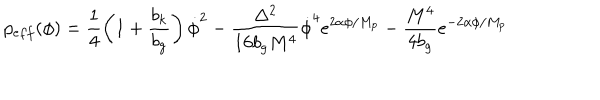
LaTeX: p _ { e f f } ( \phi ) = \frac { 1 } { 4 } \left( 1 + \frac { b _ { k } } { b _ { g } } \right) \dot { \phi } ^ { 2 } - \frac { \Delta ^ { 2 } } { 1 6 b _ { g } M ^ { 4 } } \dot { \phi } ^ { 4 } e ^ { 2 \alpha \phi / M _ { p } } - \frac { M ^ { 4 } } { 4 b _ { g } } e ^ { - 2 \alpha \phi / M _ { p } }